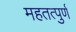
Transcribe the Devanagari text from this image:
महतत्पुर्ण